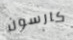
كارسون